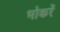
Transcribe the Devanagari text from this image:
भोकरें